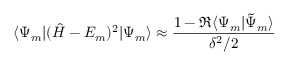
\langle \Psi _ { m } | ( { \hat { H } } - E _ { m } ) ^ { 2 } | \Psi _ { m } \rangle \approx \frac { 1 - \Re \langle \Psi _ { m } | { \tilde { \Psi } } _ { m } \rangle } { \delta ^ { 2 } / 2 }